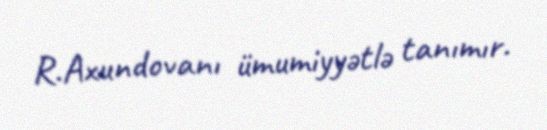
R.Axundovanı ümumiyyətlə tanımır.